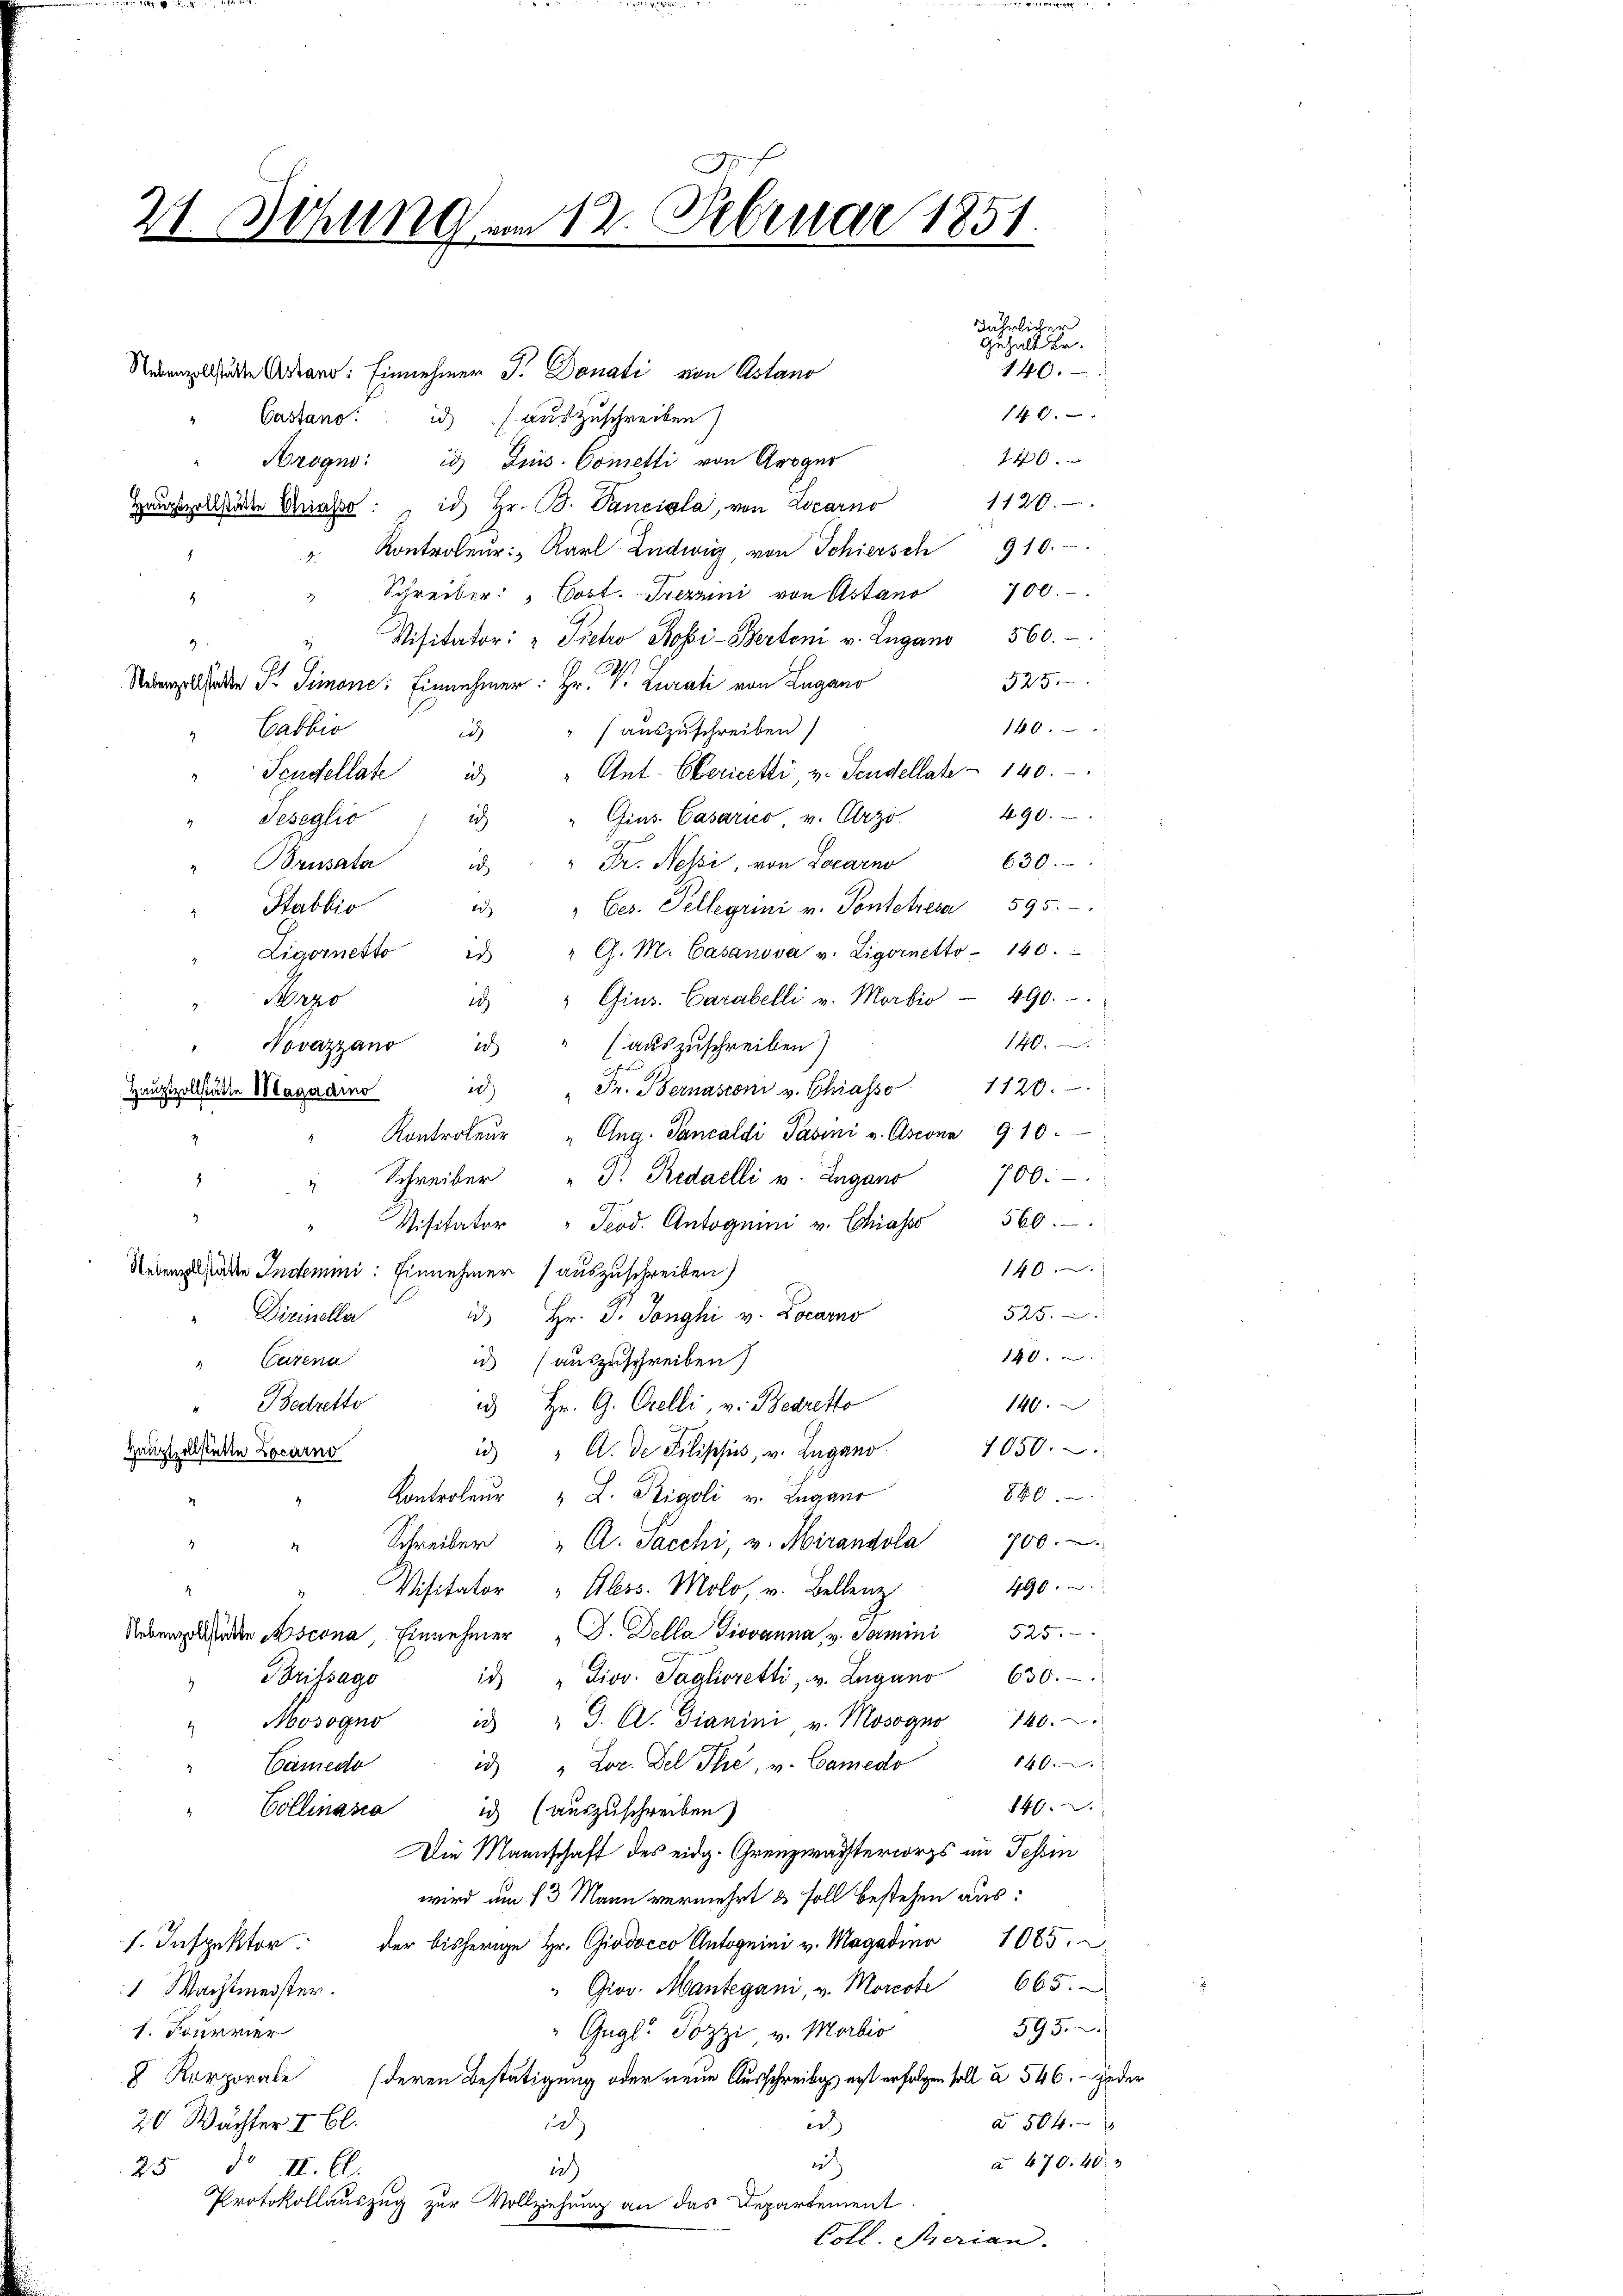
Nebende Arten: Einnehmer J. Donati von Astano
Castand in auszuschreiben)
Arogno: id Junis. Cometti von Groger
1120.
Hauptzollstädte Grasse: ich Hr. B. Panciala, von Locarno
Kontroleur: Karl Ludwig, von Schiersch 910.
" Schreiber: " Cost. Frezanni von Astano 700.
Visitator: " Pietro Bobi- Bertoni v. Zugano 560.
3
525.
Nadelhalden St. Simone: Einnehmer: Hr. V. Curati von Lugano
146.
Gabbio
" auszuschreiben
2
Ant. Ebericetti v. Sendellate 140.
Teudellate ic
490.
id " Gins. Casarico v. Erzi
Sezeglis
Brusala " " Fr. Nessi, von Locarno 630.
u " Ces. Pellegiini v. Ponteresa 595.
Stabbio
Ligornetto id " G. M. Casanova v. Ligonetto 140.
 " Gins. Carabelli v. Morbio 490.
Szo
140.
Novazzano d " (aŭszŭschreiben)
u " Fr. Bernasconi v. Chiasso 1120.
Hauptzollstätte Magadino
.
Kontroleŭr "Aug. Pancaldi Pasini v. Ascona 910.
" " Schreiber " J. Redaelli u. Zugano 700.
Teod. Antognini v. Chiasso 560.
Visitater
140.
Neien hätten Indemmni: Einnehmer (auszuschreiben)
525.
Dirineller
id. Hr. J. Tonghi v. Locarno
140.
Cutena
i (auszuschreiben)
140.
 Hr. G. Celli, v. Bedretto
Bedretto
7650.
id " A. de Pilisisiss, v. Lugano
Hauptzollstätte Locarno
880.
Kontroleur & J. Rigoli v. Lugano
Schreiber "A. Sacchi, v. Mirandola 700.
3
490.
Visitator "Aless. Molo, v. Bellenz
Nebenze Meder Ascona, Einnehmer " J. Della Giovanna, v. Samini 525.
Brifsago
id " Jiov. Taglioretti, v. Lugano 630.
id " J. A. Dianini, v. Mosogno 140.
Mosogno
1400
Camedo
id " Lor. Del Ihe, u. Camedo
840.
Collinasia
ich (auszuschreiben)
Die Mannschaft des eidg. Grenzwachterworts im Tessin
wird am 13 Mann vermehrt & soll bestehen aus:
1. Inspektor der bisherige Hr. Giodocco Antognini v. Magadino 1085.
" Giov. Mantegani, v. Morcote 665.
 Wachtmeister.
595.
"Gugl. Pozzi v. Morbio
1. Tourvier
 Korporale (deren Bestätigung oder neue Ausschreibgs erst erfolgen soll à 546. – jeder
2
à 504.
20 Wächter I Bl.
er
à 670. 403
ich
25 do II. Cl.
i
Protokollauszug zur Vollziehung an das Departement.
Coll. Serian.

C
21. Sitzung vom 12. Februar 1851.

jährlicher
Gehalter.
146.
146
240.